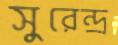
সুরেন্দ্র